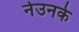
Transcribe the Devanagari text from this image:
नेउनके